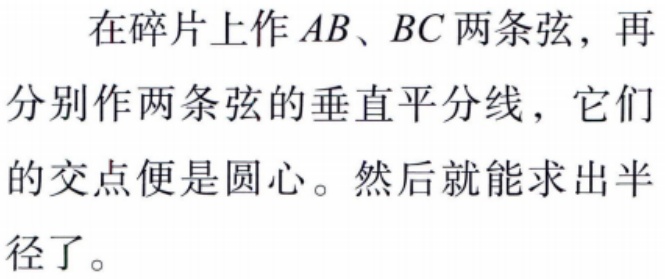
在碎片上作 \(AB、BC\) 两条弦，再分别作两条弦的垂直平分线，它们的交点便是圆心。然后就能求出半径了。